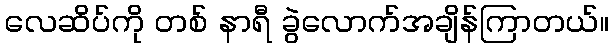
လေဆိပ်ကို တစ် နာရီ ခွဲလောက်အချိန်ကြာတယ်။